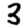
Digit: 3